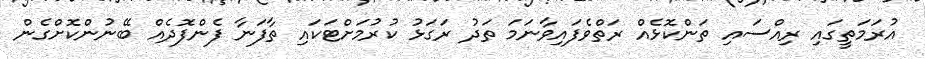
އުރަމަތީގައި ރިއްސައި ތަންކޮޅެއް ރަތްވެފައިވާނަމަ ތަދު ރަގަޅު ކުރުމަށްޓަކައި ތާފަނާ ފެންފޮދެއް ބޭނުންކޮށްގެން